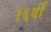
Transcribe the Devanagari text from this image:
१६वीँ